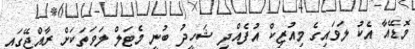
މޮޑޭއާ އެކު ލަވައިގެ މިއުޒިކް އުފެއްދި ޝަހީދު ބުނީ މެޓަލް ލަވަތަކަށް ރާއްޖޭގައި